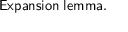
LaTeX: \mathsf { E x p a n s i o n \; l e m m a . }